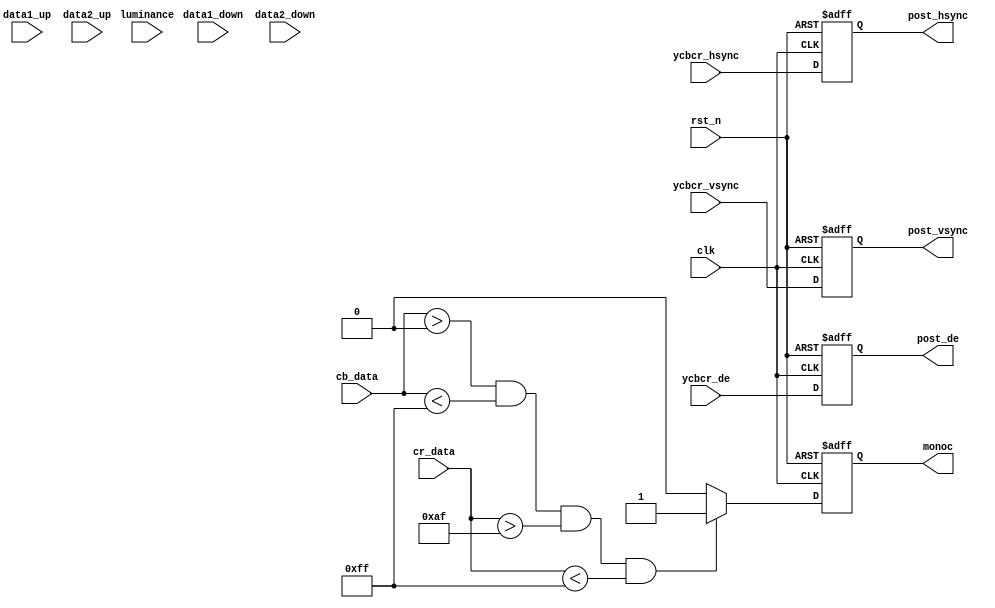
//
module binarization(
    input           clk,
    input           rst_n,

    //
    input           ycbcr_vsync,    //vsync
    input           ycbcr_hsync,     //hsync
    input           ycbcr_de,       //
    input   [7:0]   luminance,      //
    input   [7:0]   cb_data,
    input   [7:0]   cr_data,

    //
    output          post_vsync,
    output          post_hsync,
    output          post_de,     
    output reg      monoc, //1=0=

    //
    input  [7:0]    data1_up,
    input  [7:0]    data1_down,
    input  [7:0]    data2_up,
    input  [7:0]    data2_down
);


reg ycbcr_vsync_d;
reg ycbcr_hsync_d;
reg ycbcr_de_d;

assign post_vsync = ycbcr_vsync_d;
assign post_hsync = ycbcr_hsync_d;
assign post_de = ycbcr_de_d;


//
localparam              cb_up   =       8'hff ;
localparam              cb_down =       8'h00  ;
localparam              cr_up   =       8'hff ;
localparam              cr_down =       8'haf ;



//
always @(posedge clk or negedge rst_n) begin
    if(!rst_n)
        monoc <= 1'b0;
    else if((cb_data > cb_down) && (cb_data < cb_up) && (cr_data > cr_down) && (cr_data < cr_up)) //
        monoc <= 1'b1;
    else
        monoc <= 1'b0;
end

// //
//always @(posedge clk or negedge rst_n) begin
//    if(!rst_n)
//        monoc <= 1'b0;
//    else if((cb_data > data1_down) && (cb_data < data1_up) && (cr_data > data2_down) && (cr_data < data2_up)) //
//        monoc <= 1'b1;
//    else
//        monoc <= 1'b0;
//end

//
always @(posedge clk or negedge rst_n) begin
    if(!rst_n) begin
        ycbcr_hsync_d <= 1'b0;
        ycbcr_vsync_d <= 1'b0;
        ycbcr_de_d <= 1'b0;
    end
    else begin
        ycbcr_hsync_d <= ycbcr_hsync;
        ycbcr_vsync_d <= ycbcr_vsync;
        ycbcr_de_d <= ycbcr_de;
    end
end

endmodule